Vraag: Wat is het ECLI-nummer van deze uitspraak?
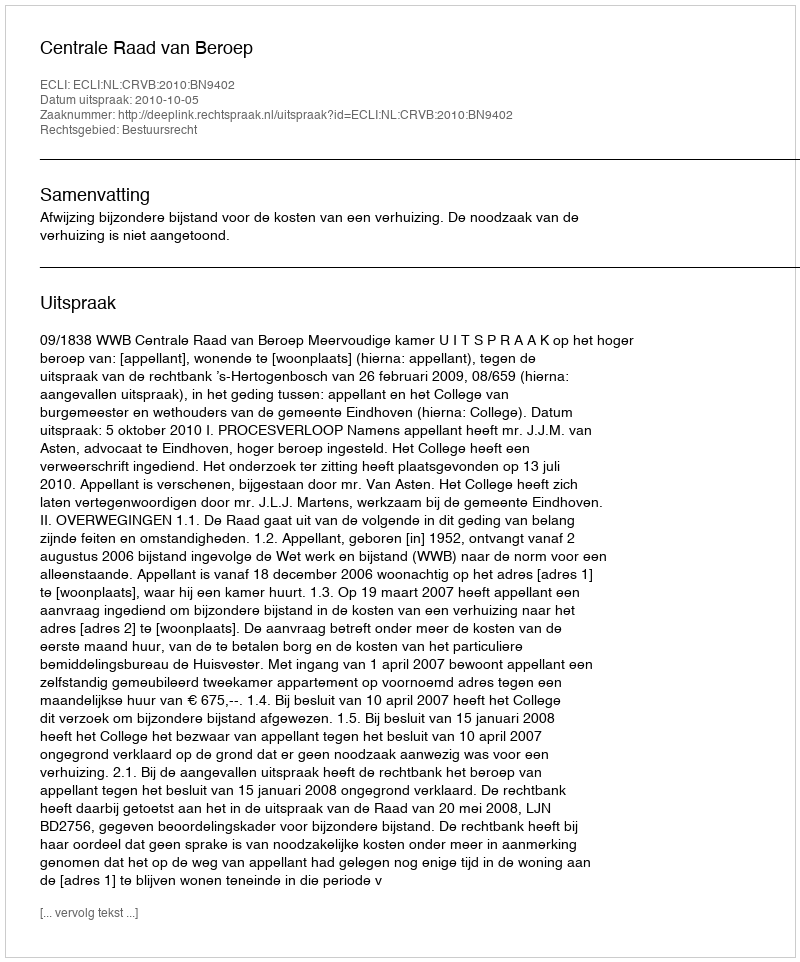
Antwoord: ECLI:NL:CRVB:2010:BN9402